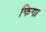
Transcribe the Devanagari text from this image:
फिगा